Triennial report on the lunatic asylums in the province of Eastern Bengal and Assam - 1903-1911
Year: 1903
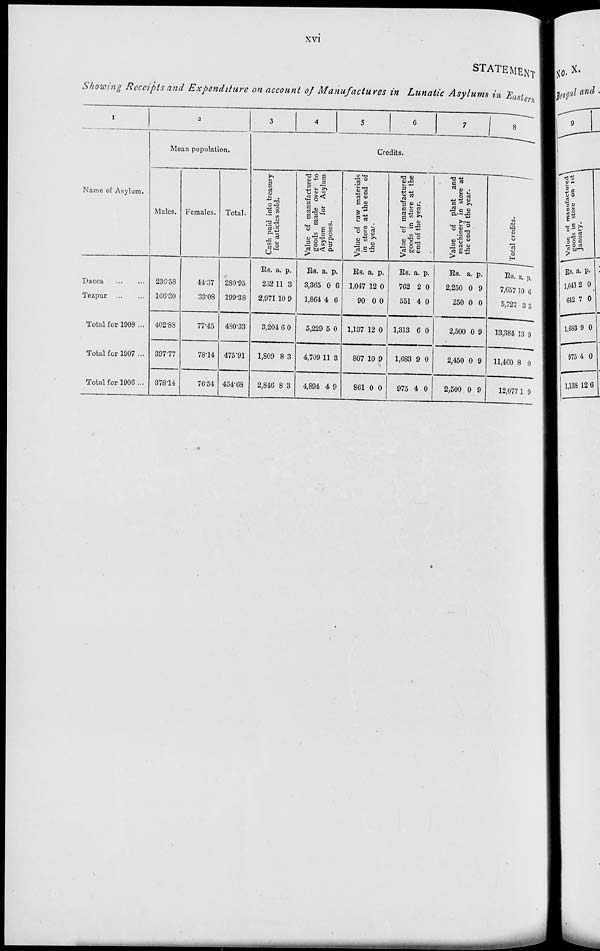
xvi
STATEMENT
Showing Receipts and Expenditure on account of Manufactures in Lunatic Asylums in Eastern
1
Name of Asylum.
Dacca
...
...
Tezpur ... ...
Total for 1908 ...
Total for 1907 ...
Total for 1906 ...
2
Mean population.
Males.
236.58
166.30
402.88
397.77
378.14
Females.
44.37
33.08
77.45
78.14
76.54
Total.
280.95
199.38
480.33
475.91
454.68
3
4
5
6
7
8
Credits.
Cash paid into treasury
for articles sold.
Rs.
232
2,971
3,204
1,809
2,846
a.
11
10
6
8
8
p.
3
9
0
3
3
Value of manufactured
goods made over to
Asylum
for Asylum
purposes.
Rs.
3,365
1,864
5,229
4,709
4,894
a.
0
4
5
11
4
p.
6
6
0
3
9
Value of raw materials
in store at the end of
the year.
Rs.
1,047
90
1,137
807
861
a.
12
0
12
10
0
p.
0
0
0
9
0
Value of manufactured
goods in store at the
end of the year.
Rs.
762
551
1,313
1,683
975
a.
2
4
6
9
4
p.
0
0
0
0
0
Value of plant and
machinery in store at
the end of the year.
Rs.
2,250
250
2,500
2,450
2,500
a.
0
0
0
0
0
p.
9
0
9
9
9
Total credits.
Rs.
7,657
5,727
13,384
11,460
12,077
a.
10
3
13
8
1
p.
6
3
9
0
9